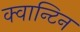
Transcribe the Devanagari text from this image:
क्वान्टिन